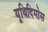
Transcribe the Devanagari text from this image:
यूथिदिमोस